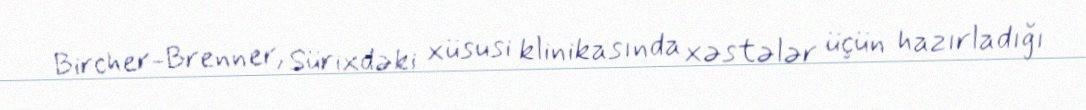
Bircher-Brenner, Sürixdəki xüsusi klinikasında xəstələr üçün hazırladığı